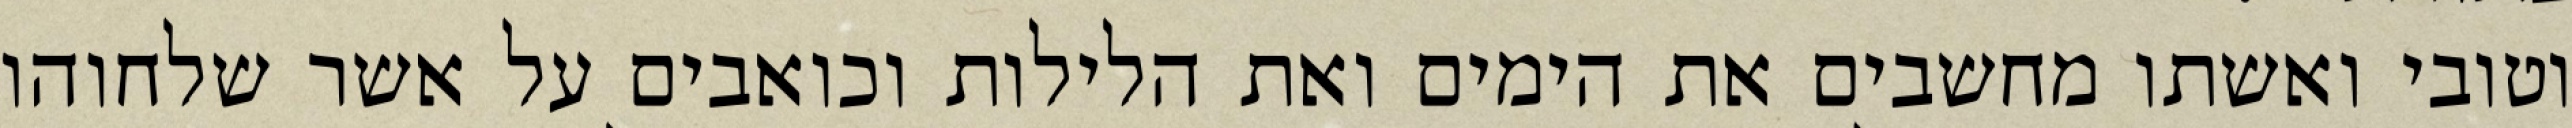
וטובי ואשתו מחשבים את הימים ואת הלילות וכואבים על אשר שלחוהו